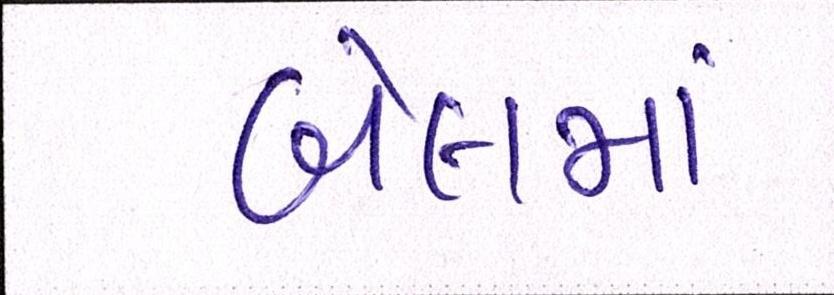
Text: બેલમાં